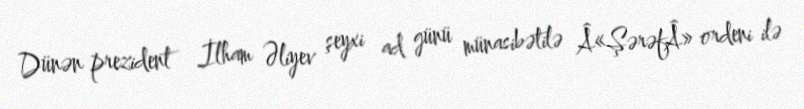
Dünən prezident İlham Əliyev şeyxi ad günü münasibətilə Â«ŞərəfÂ» ordeni ilə